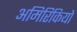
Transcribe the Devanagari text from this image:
अमिरिकियों